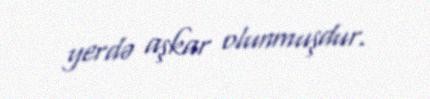
yerdə aşkar olunmuşdur.